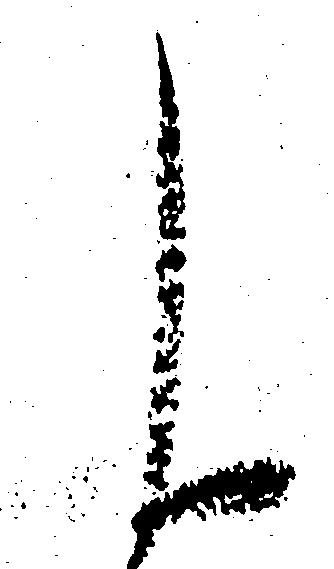
申